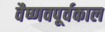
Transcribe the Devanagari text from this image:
वैष्णवपूर्वकाल